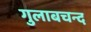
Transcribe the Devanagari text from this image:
गुलाबचन्द